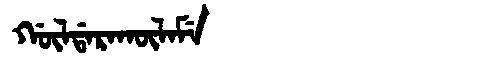
Manchu: ᡤᡡᠯᡩᠠᡵᠠᡴᡡᠯᠠᠮᡝ
Romanization: GŪLDARAKŪLAME